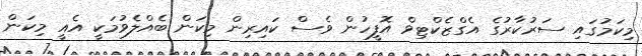
މިކަމުގައި ސަރުކާރުގެ އެގްޒެކްޓިވް އޮފީހުން ވެސް ކައިރިން މިކަން ބެއްލެވުމަކީ އެއީ މިކަން